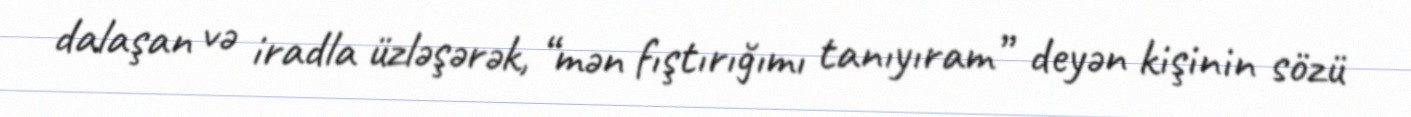
dalaşan və iradla üzləşərək, “mən fıştırığımı tanıyıram” deyən kişinin sözü